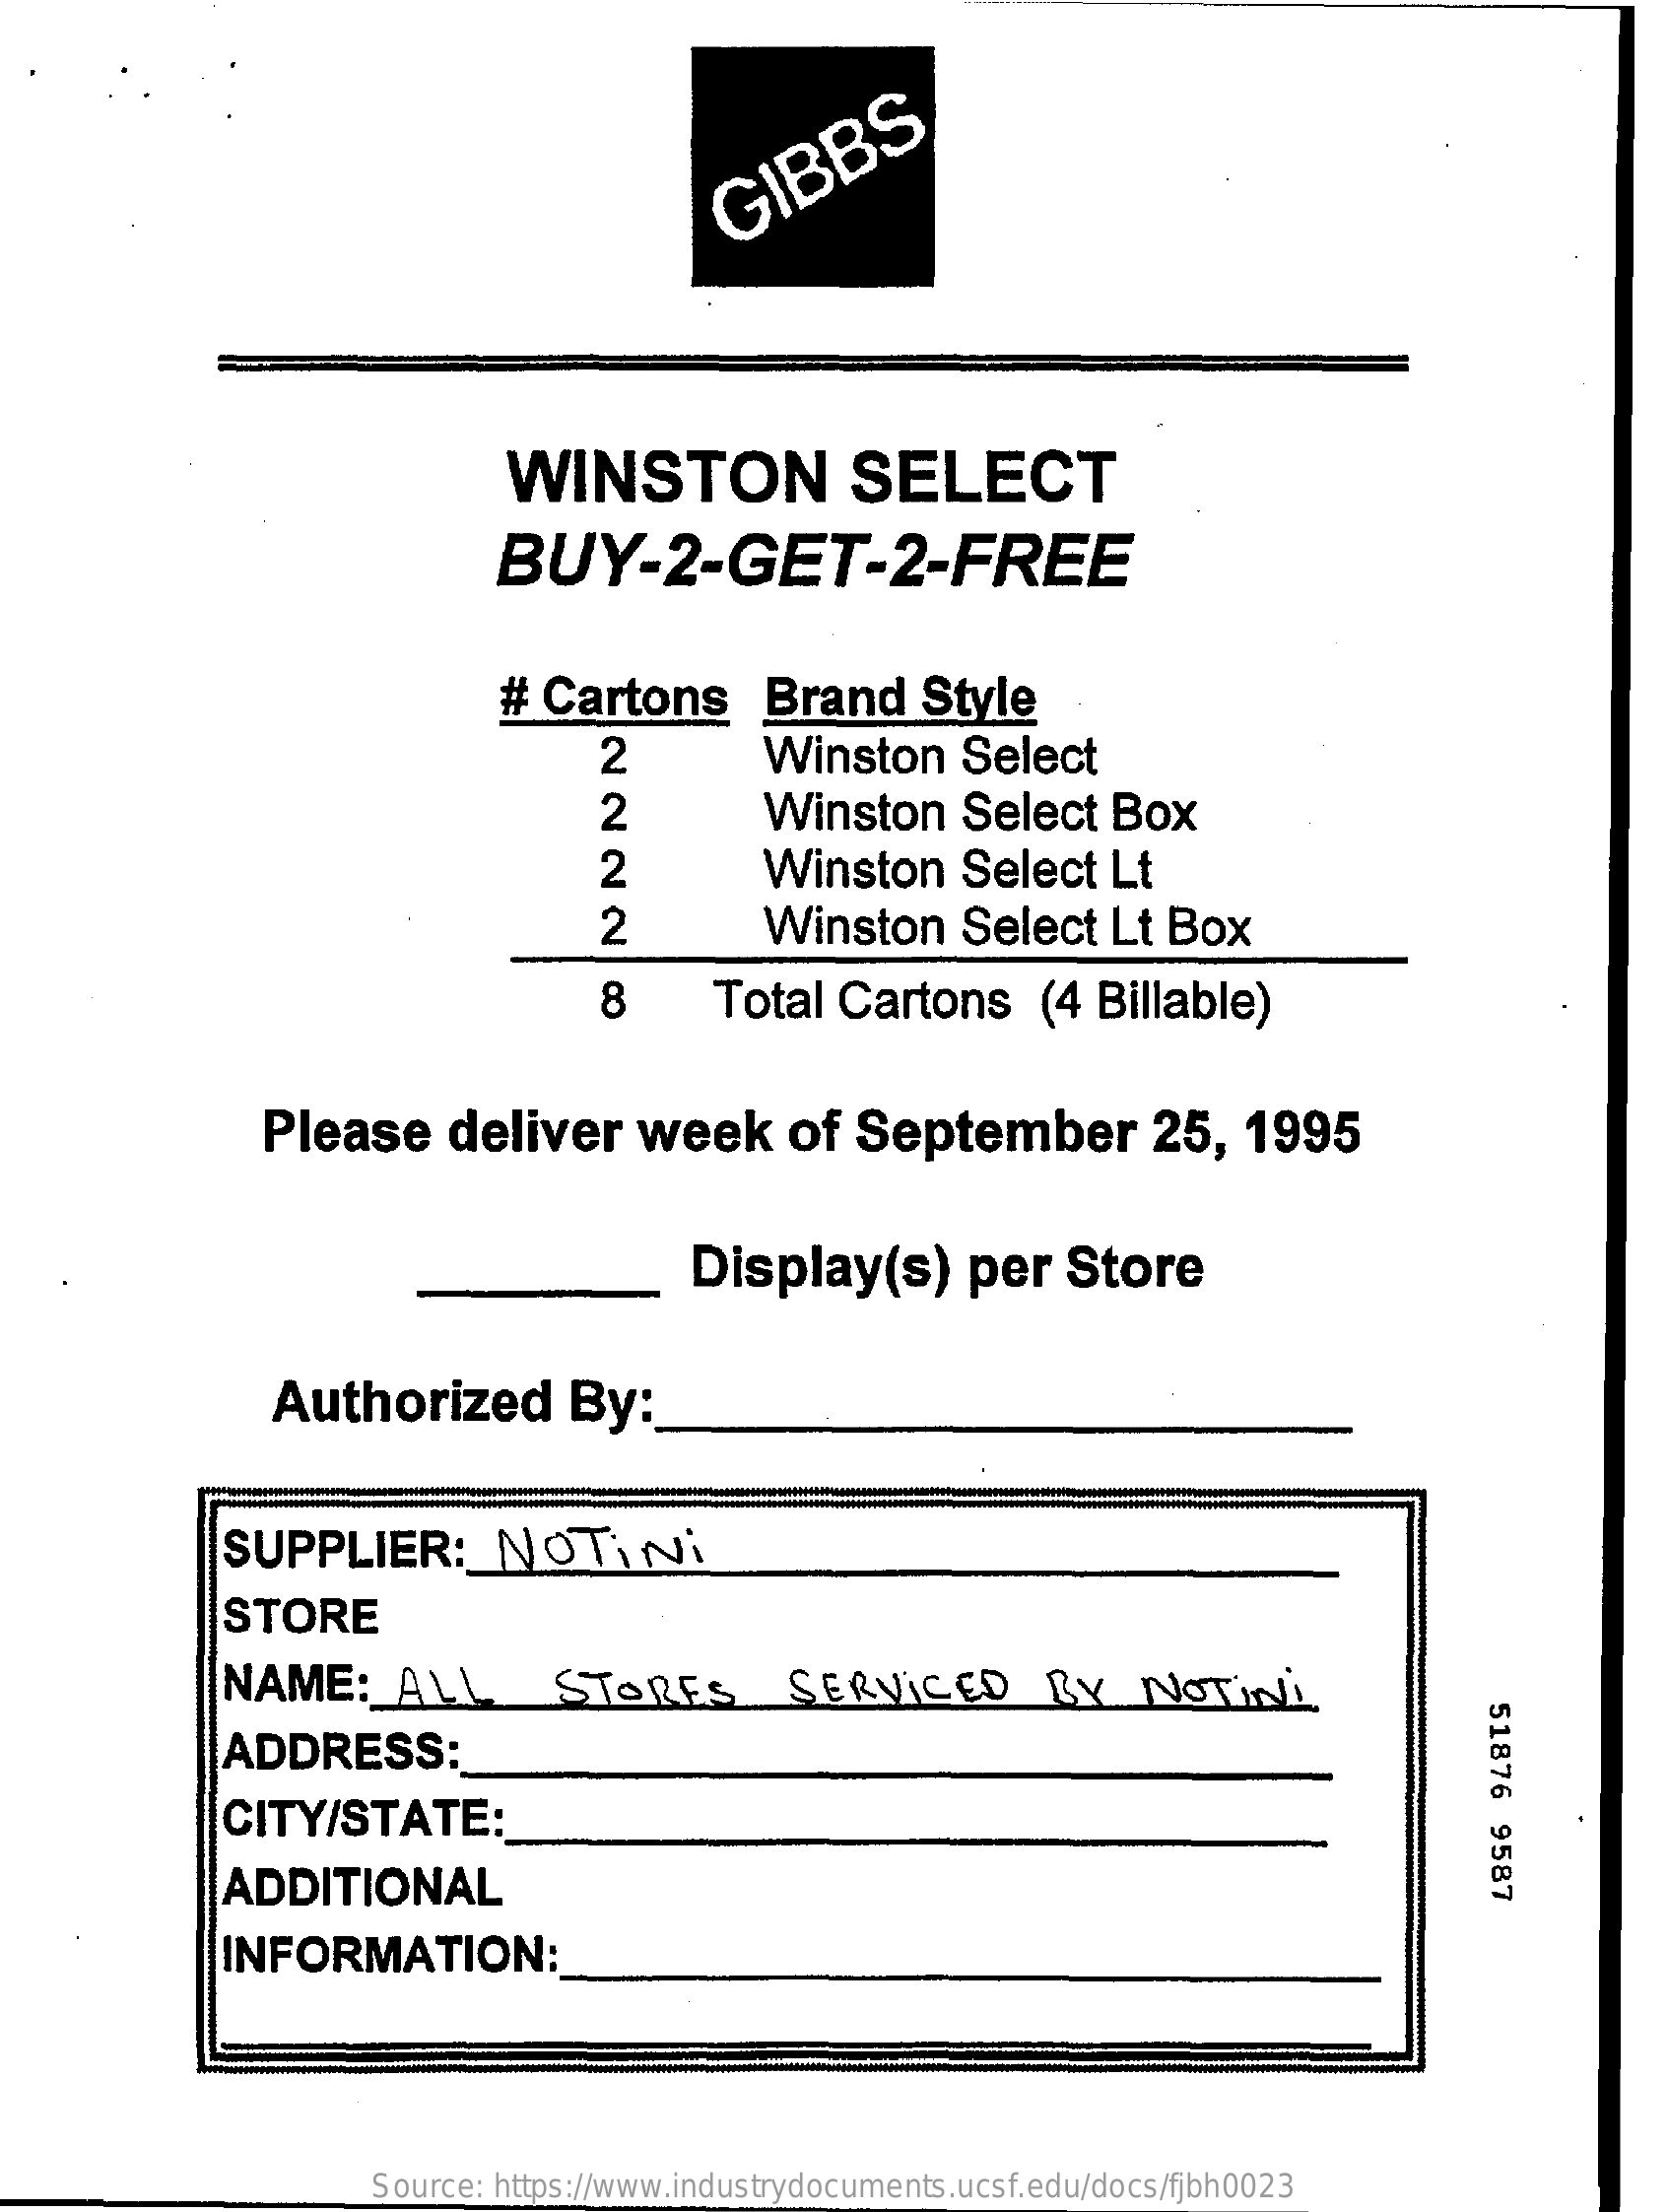
GIBBS
     WINSTON    SELECT
     BUY-2-GET-2-FREE
     #  Cartons    Brand    Style
     2    Winston    Select
     2    Winston    Select   Box
     2    Winston    Select    Lt
     2    Winston    Select   Lt  Box
     8    Total  Cartons    (4  Billable)
     Please    deliver    week    of   September    25,   1995
     Display(s)    per   Store
     Authorized    By:
     SUPPLIER:    NOTINi
     STORE
     NAME:    ALL    STORES    SERVICED    BY    NOTINi
     51876
     9587
     ADDRESS:
     CITY/STATE:
     ADDITIONAL
     INFORMATION:
     Source: https://www.industrydocuments.ucsf.edu/docs/fjbh0023